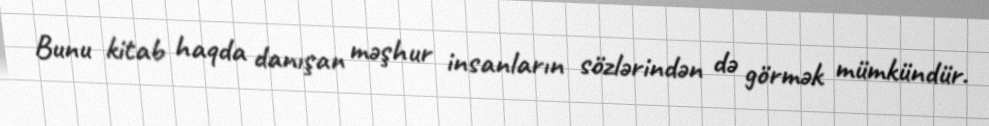
Bunu kitab haqda danışan məşhur insanların sözlərindən də görmək mümkündür.